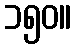
၁၅၀။